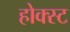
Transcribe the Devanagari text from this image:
होक्स्ट